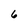
Character: 6